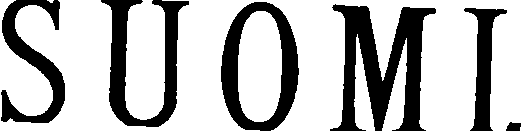
SUOMI.